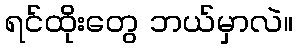
ရင်ထိုးတွေ ဘယ်မှာလဲ။